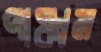
পাঞ্চাল